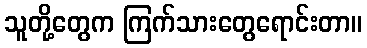
သူတို့တွေက ကြက်သားတွေရောင်းတာ။